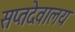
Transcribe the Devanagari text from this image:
सप्तदेवालय